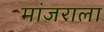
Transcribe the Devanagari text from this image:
मांजराला